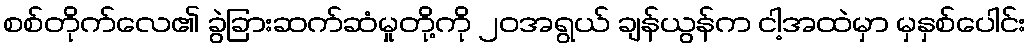
စစ်တိုက်လေ၏ ခွဲခြားဆက်ဆံမှုတို့ကို ၂၀အရွယ် ချန်ယွန်က ငါ့အထဲမှာ မှနှစ်ပေါင်း